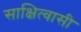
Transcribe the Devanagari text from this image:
साक्षित्वासी